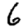
Digit: 6